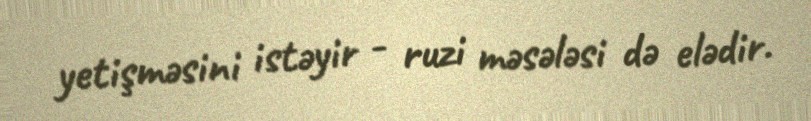
yetişməsini istəyir - ruzi məsələsi də elədir.